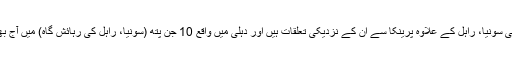
گاندھی خاندان یعنی سونیا، راہل کے علاوہ پرینکا سے ان کے نزدیکی تعلقات ہیں اور دہلی میں واقع 10 جن پتھ (سونیا، راہل کی رہائش گاہ) میں آج بھی ان کی قدر ہے۔